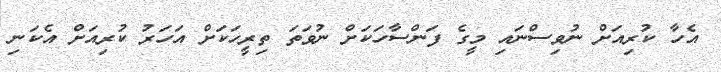
އެހާ ކުރިއަށް ނުވިސްނައި މީގެ ފަންްްސާހަކަށް ނުވަތަ ތިރީހަކަށް އަހަރު ކުރިއަށް އެކަނި